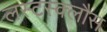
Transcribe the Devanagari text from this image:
लस्टस्क्लौस